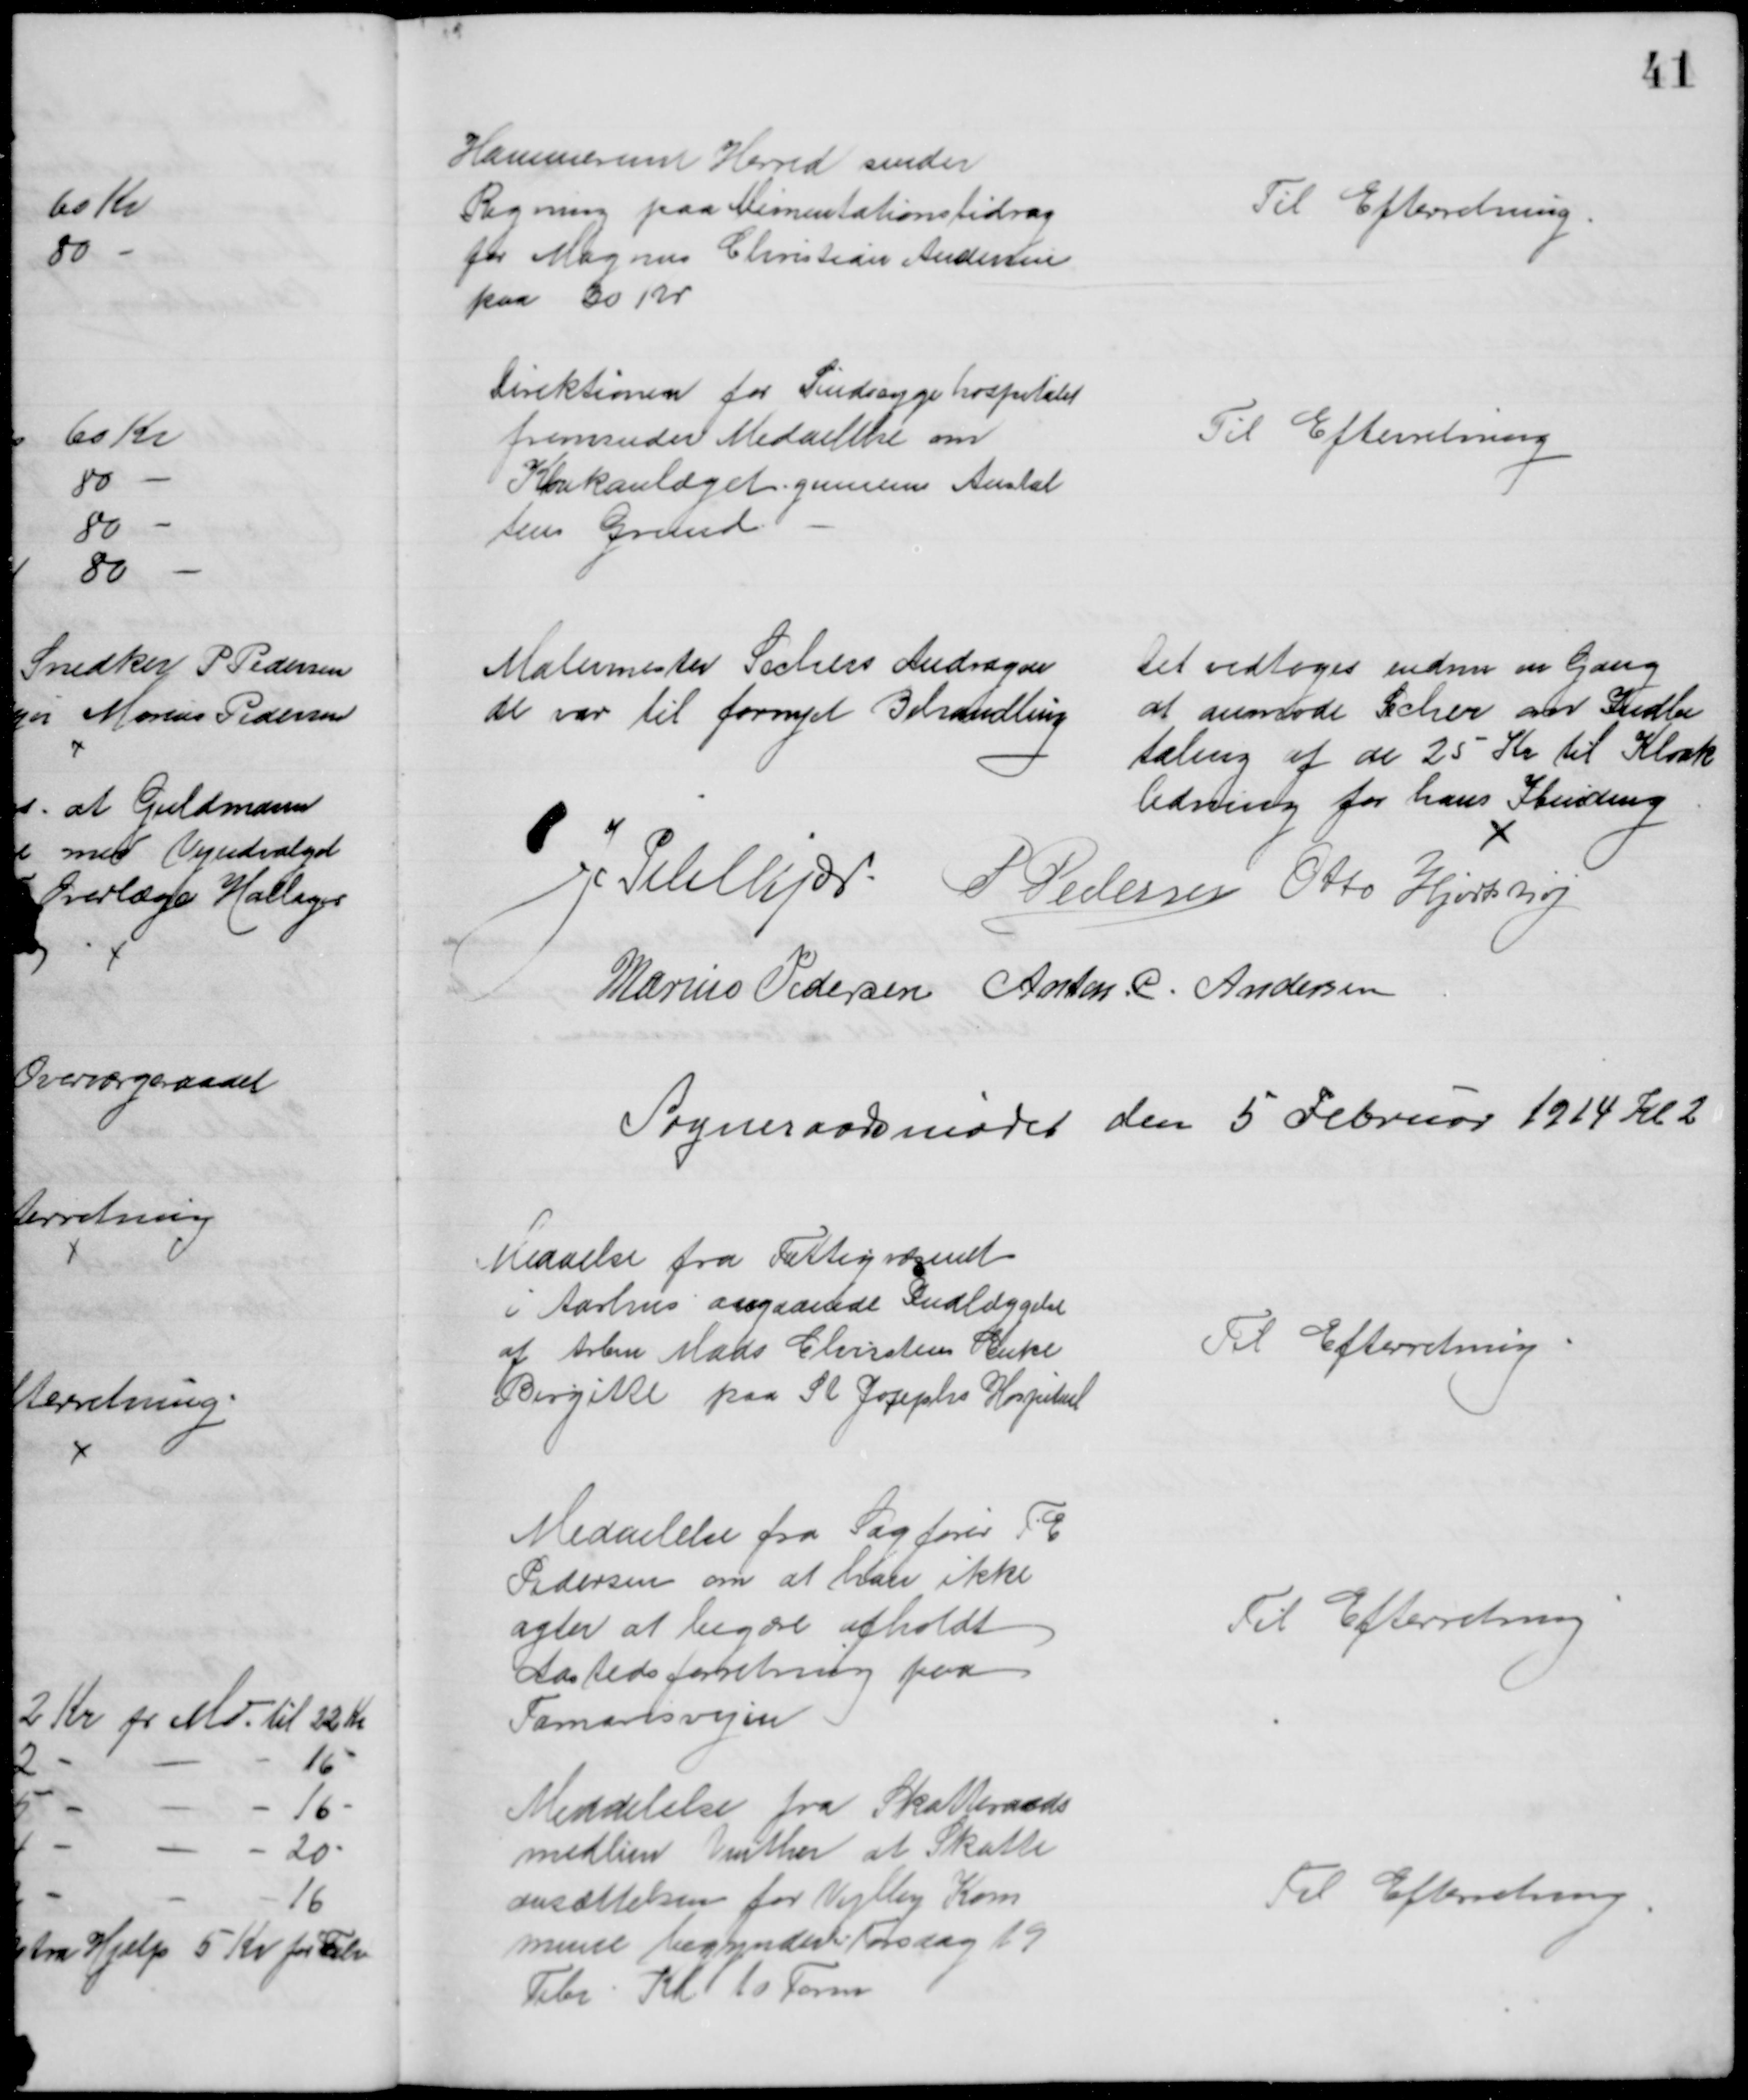
Transskription:
Hammerum Herred sender
Regning paa Alimentationsbidrag
for Magnus Christian Andersen
paa 30 Kr
Til Efterretning
Direktionen for Sindssygehospitalet
fremsender Meddelelse om
Kloakanlæget gennem Anstal
tens Grund.
Til Efterretning
Malermester Sechers Andragen
de var til fornyet Behandling
Det vedtoges endnu en Gang 
at anmode Secher om Indbe
taling af de 25 Kr til Kloak
ledning for hans Ibinding
J Pihlkjær P Pedersen Otto Hjortshøj
Marius Pedersen Anton. C. Andersen
Sogneraadsmødet den 5 Februar 1914 Kl 2
Meddelse fra Fattigvæsenet
i Aarhus angaaende Indlæggelse
af Arbm Mads Christens Enke
Birgitte paa St. Josephs Hospital
Til Efterretning
Meddelelse fra Sagfører Th
Pedersen om at han ikke
agter at begære afholdt
Aastedsforretning paa
Tamarisvejen
Til Efterretning
Meddelelse fra Skatteraads
medlem Vinther at Skatte
ansættelsen for Vejlby Kom
mune begynder Torsdag 19
Febr. Kl 10 Form
Til Efterretning